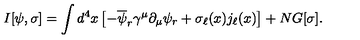
I [ \psi , \sigma ] = \int d ^ { 4 } x \left[ - \overline { { \psi } } _ { r } \gamma ^ { \mu } \partial _ { \mu } \psi _ { r } + \sigma _ { \ell } ( x ) j _ { \ell } ( x ) \right] + N G [ \sigma ] .